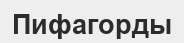
Пифагорды